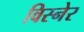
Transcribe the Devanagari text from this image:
विस्नेर